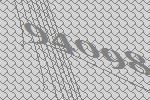
94098